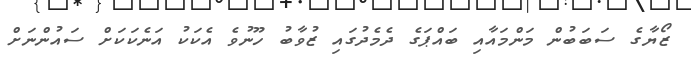
ޒޯޔާގެ ސަބަބުން މަންމައާއި ބައްޕަގެ ދެމެދުގައި ޒުވާބު ހޫނުވެ އެކަކު އަނެކަކަށް ސައުންނަށް